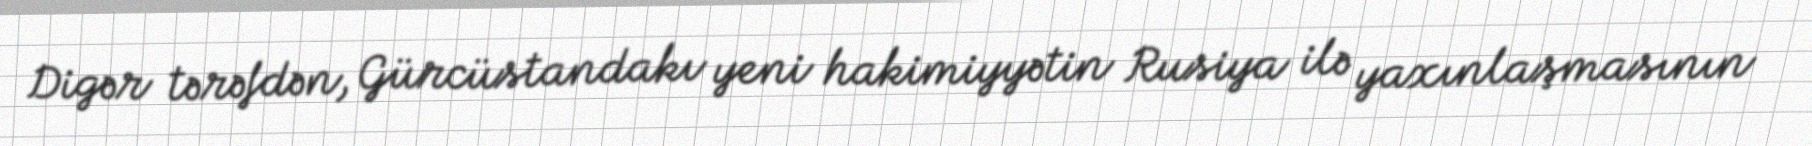
Digər tərəfdən, Gürcüstandakı yeni hakimiyyətin Rusiya ilə yaxınlaşmasının